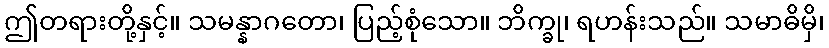
ဤတရားတို့နှင့်။ သမန္နာဂတော၊ ပြည့်စုံသော။ ဘိက္ခု၊ ရဟန်းသည်။ သမာဓိမှိ၊